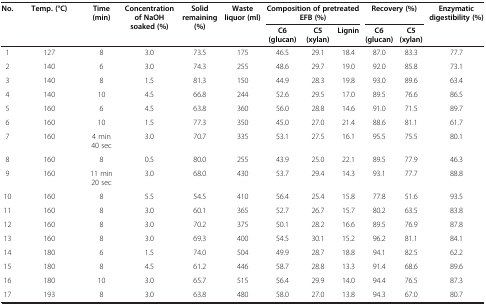
<table><thead><tr><td><b>No.</b></td><td><b>Temp. (°C)</b></td><td><b>Time (min)</b></td><td><b>Concentration of NaOH soaked (%)</b></td><td><b>Solid remaining (%)</b></td><td><b>Waste liquor (ml)</b></td><td colspan="3"><b>Composition of pretreated EFB (%)</b></td><td colspan="2"><b>Recovery (%)</b></td><td><b>Enzymatic digestibility (%)</b></td></tr><tr><td><b> </b></td><td><b> </b></td><td><b> </b></td><td><b> </b></td><td><b> </b></td><td><b> </b></td><td><b>C6 (glucan)</b></td><td><b>C5 (xylan)</b></td><td><b>Lignin</b></td><td><b>C6 (glucan)</b></td><td><b>C5 (xylan)</b></td><td><b> </b></td></tr></thead><tbody><tr><td>1</td><td>127</td><td>8</td><td>3.0</td><td>73.5</td><td>175</td><td>46.5</td><td>29.1</td><td>18.4</td><td>87.0</td><td>83.3</td><td>77.7</td></tr><tr><td>2</td><td>140</td><td>6</td><td>3.0</td><td>74.3</td><td>255</td><td>48.6</td><td>29.7</td><td>19.0</td><td>92.0</td><td>85.8</td><td>73.1</td></tr><tr><td>3</td><td>140</td><td>8</td><td>1.5</td><td>81.3</td><td>150</td><td>44.9</td><td>28.3</td><td>19.8</td><td>93.0</td><td>89.6</td><td>63.4</td></tr><tr><td>4</td><td>140</td><td>10</td><td>4.5</td><td>66.8</td><td>244</td><td>52.6</td><td>29.5</td><td>17.0</td><td>89.5</td><td>76.6</td><td>86.5</td></tr><tr><td>5</td><td>160</td><td>6</td><td>4.5</td><td>63.8</td><td>360</td><td>56.0</td><td>28.8</td><td>14.6</td><td>91.0</td><td>71.5</td><td>89.7</td></tr><tr><td>6</td><td>160</td><td>10</td><td>1.5</td><td>77.3</td><td>350</td><td>45.0</td><td>27.0</td><td>21.4</td><td>88.6</td><td>81.1</td><td>61.7</td></tr><tr><td>7</td><td>160</td><td>4 min 40 sec</td><td>3.0</td><td>70.7</td><td>335</td><td>53.1</td><td>27.5</td><td>16.1</td><td>95.5</td><td>75.5</td><td>80.1</td></tr><tr><td>8</td><td>160</td><td>8</td><td>0.5</td><td>80.0</td><td>255</td><td>43.9</td><td>25.0</td><td>22.1</td><td>89.5</td><td>77.9</td><td>46.3</td></tr><tr><td>9</td><td>160</td><td>11 min 20 sec</td><td>3.0</td><td>68.0</td><td>430</td><td>53.7</td><td>29.4</td><td>14.3</td><td>93.1</td><td>77.7</td><td>88.8</td></tr><tr><td>10</td><td>160</td><td>8</td><td>5.5</td><td>54.5</td><td>410</td><td>56.4</td><td>25.4</td><td>15.8</td><td>77.8</td><td>51.6</td><td>93.5</td></tr><tr><td>11</td><td>160</td><td>8</td><td>3.0</td><td>60.1</td><td>365</td><td>52.7</td><td>26.7</td><td>15.7</td><td>80.2</td><td>63.5</td><td>83.8</td></tr><tr><td>12</td><td>160</td><td>8</td><td>3.0</td><td>70.2</td><td>375</td><td>50.1</td><td>28.2</td><td>16.6</td><td>89.5</td><td>76.9</td><td>87.8</td></tr><tr><td>13</td><td>160</td><td>8</td><td>3.0</td><td>69.3</td><td>400</td><td>54.5</td><td>30.1</td><td>15.2</td><td>96.2</td><td>81.1</td><td>84.1</td></tr><tr><td>14</td><td>180</td><td>6</td><td>1.5</td><td>74.0</td><td>504</td><td>49.9</td><td>28.7</td><td>18.8</td><td>94.1</td><td>82.5</td><td>62.2</td></tr><tr><td>15</td><td>180</td><td>8</td><td>4.5</td><td>61.2</td><td>446</td><td>58.7</td><td>28.8</td><td>13.3</td><td>91.4</td><td>68.6</td><td>89.6</td></tr><tr><td>16</td><td>180</td><td>10</td><td>3.0</td><td>65.7</td><td>515</td><td>56.4</td><td>29.9</td><td>14.0</td><td>94.4</td><td>76.5</td><td>87.3</td></tr><tr><td>17</td><td>193</td><td>8</td><td>3.0</td><td>63.8</td><td>480</td><td>58.0</td><td>27.0</td><td>13.8</td><td>94.3</td><td>67.0</td><td>80.7</td></tr></tbody></table>